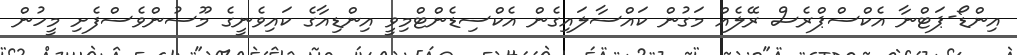
އިންޑޯ-ޕަޓްނާ އެކްސްޕްރެސް ރޭލެއް މަގުން ކައްސާލައިގެން އެކްސިޑެންޓްމިވީ އިންޑިއާގެ ކައިވެނީގެ މޫސުންވެސްފެށި މީހުން